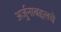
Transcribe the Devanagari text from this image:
अर्जुनाबद्दलचे